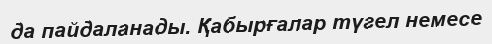
да пайдаланады. Қабырғалар түгел немесе